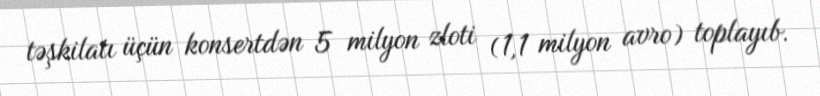
təşkilatı üçün konsertdən 5 milyon zloti (1,1 milyon avro) toplayıb.